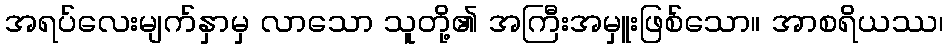
အရပ်လေးမျက်နှာမှ လာသော သူတို့၏ အကြီးအမှူးဖြစ်သော။ အာစရိယဿ၊